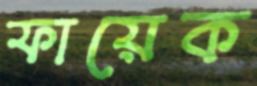
ফায়েক